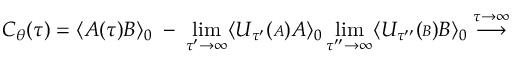
C _ { \theta } ( \tau ) = \langle { \cal A } ( \tau ) { \cal B } \rangle _ { 0 } \; - \; \operatorname * { l i m } _ { \tau ^ { \prime } \rightarrow \infty } \langle { \cal U } _ { \tau ^ { \prime } } ( { \scriptstyle { \cal A } } ) { \cal A } \rangle _ { 0 } \operatorname * { l i m } _ { \tau ^ { \prime \prime } \rightarrow \infty } \langle { \cal U } _ { \tau ^ { \prime \prime } } ( { \scriptstyle { \cal B } } ) { \cal B } \rangle _ { 0 } \stackrel { \tau \rightarrow \infty } { \longrightarrow }